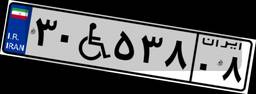
۱۵W۴۱۴۵۶